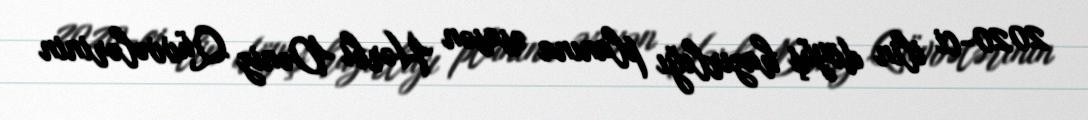
2020-ci ilin döyüş hazırlığı planına əsasən Hərbi Dəniz Qüvvələrinin